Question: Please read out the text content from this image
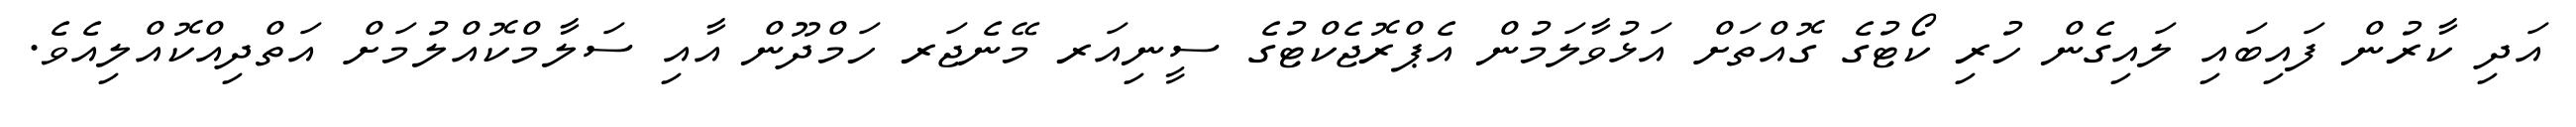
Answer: އަދި ކާރުން ފައިބައި ލައިގެން ހުރި ކޯޓުގެ ގޮއްތަށް އަޅުވާލަމުން އެޕްރޮޖެކްޓުގެ ސީނިއަރ މޭނެޖަރ ހަމްދޫން އާއި ސަލާމްކޮއްލުމަށް އަތްދިއްކޮއްލިއެވެ.